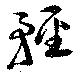
軽